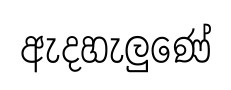
ඇදහැලුණේ